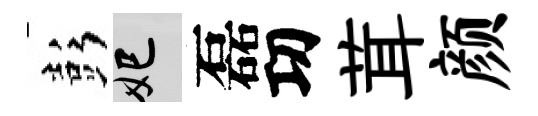
彭妃磊㓛茸颜